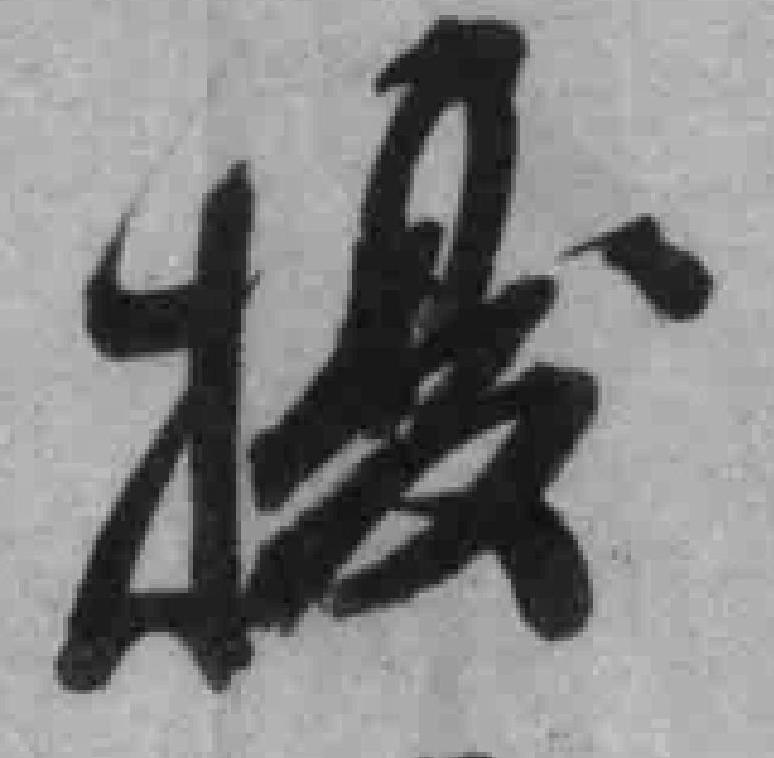
擾